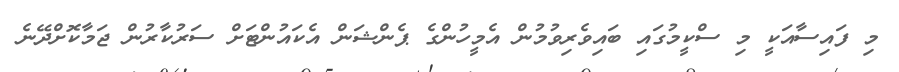
މި ފައިސާއަކީ މި ސްކީމުގައި ބައިވެރިވުމުން އެމީހުންގެ ޕެންޝަން އެކައުންޓަށް ސަރުކާރުން ޖަމާކޮށްދޭނެ